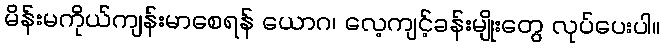
မိန်းမကိုယ်ကျန်းမာစေရန် ယောဂ၊ လေ့ကျင့်ခန်းမျိုးတွေ လုပ်ပေးပါ။